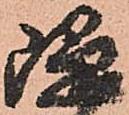
隠